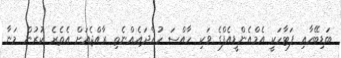
ބަޑިބޭހާއި ފަޓާހަކީ އެމްއެންޑީއެފްގެ ވަކި ހާއްސަ ހުއްދައެއްނެތި ރާއްޖެއަށް އެތެރެ ކުރުން މަނާ